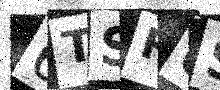
Text: 6TSR0S